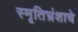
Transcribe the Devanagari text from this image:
स्मृतिभ्रंशाचे